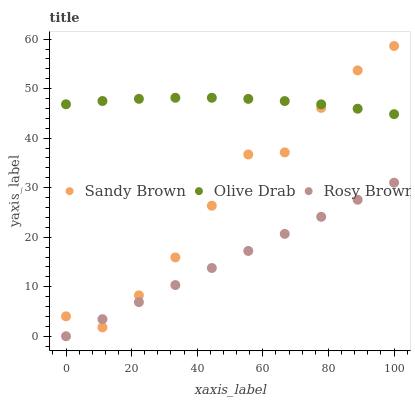
| xaxis_label | Sandy Brown | Olive Drab | Rosy Brown |
 | --- | --- | --- | --- |
 | 0 | 4.02 | 46.8 | 0 |
 | 11.1 | 1.79 | 47.5 | 3.45 |
 | 22.2 | 8.26 | 47.9 | 6.89 |
 | 33.3 | 15.9 | 48.2 | 10.3 |
 | 44.4 | 26.4 | 48.2 | 13.8 |
 | 55.6 | 36.7 | 47.9 | 17.2 |
 | 66.7 | 37.1 | 47.5 | 20.7 |
 | 77.8 | 46.1 | 46.8 | 24.1 |
 | 88.9 | 53.7 | 45.9 | 27.6 |
 | 100 | 58.6 | 44.8 | 31 |